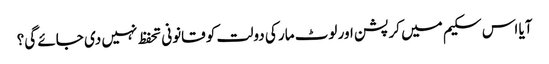
آیا اس سکیم میں کرپشن اور لوٹ مار کی دولت کو قانونی تحفظ نہیں دی جائے گی؟